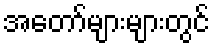
အတော်များများတွင်